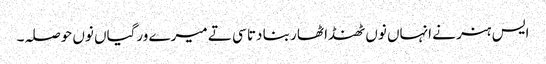
ایس ہنر نے انہاں نوں ٹھنڈا ٹھار بنا دتا سی تے میرے ورگیاں نوں حوصلہ۔